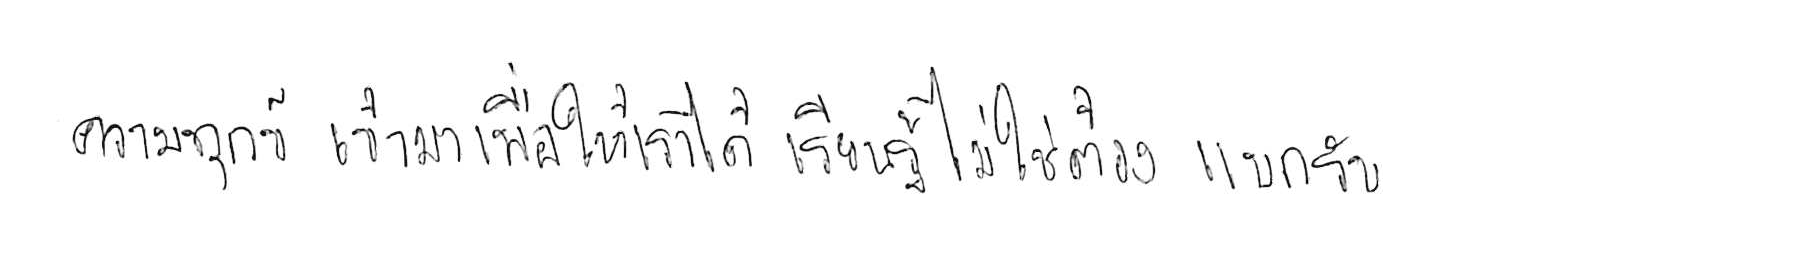
ความทุกข์ เข้ามาเพื่อให้เราได้ เรียนรู้ ไม่ใช่ต้อง แบกรับ